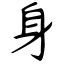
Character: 身